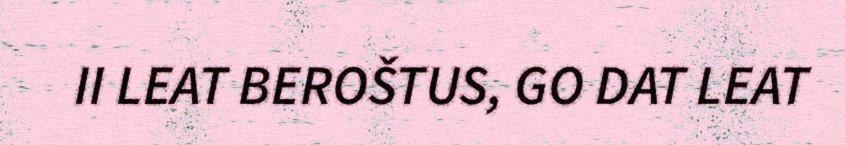
II LEAT BEROŠTUS, GO DAT LEAT